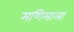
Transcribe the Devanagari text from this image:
मणिमाला